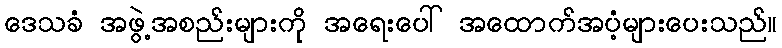
ဒေသခံ အဖွဲ့အစည်းများကို အရေးပေါ် အထောက်အပံ့များပေးသည်။